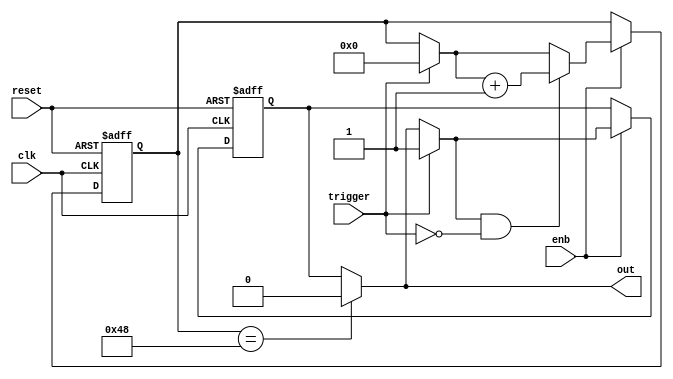
// -------------------------------------------------------------
// 
// 
// Generated by MATLAB 9.13 and HDL Coder 4.0
// 
// -------------------------------------------------------------


// -------------------------------------------------------------
// 
// Module: whdlOFDMTx_MATLAB_Function_block
// Source Path: whdlOFDMTx/Frame Generator/Header/Interleaver/Read Logic/MATLAB Function
// Hierarchy Level: 7
// 
// -------------------------------------------------------------

`timescale 1 ns / 1 ns

module whdlOFDMTx_MATLAB_Function_block
          (clk,
           reset,
           enb,
           trigger,
           out);


  input   clk;
  input   reset;
  input   enb;
  input   trigger;
  output  out;


  reg  out_1;
  reg [6:0] count;  // ufix7
  reg  state;
  reg [6:0] count_next;  // ufix7
  reg  state_next;
  reg [6:0] count_temp;  // ufix7
  reg  state_temp;


  always @(posedge clk or posedge reset)
    begin : MATLAB_Function_process
      if (reset == 1'b1) begin
        count <= 7'b0000000;
        state <= 1'b0;
      end
      else begin
        if (enb) begin
          count <= count_next;
          state <= state_next;
        end
      end
    end

  always @(count, state, trigger) begin
    count_temp = count;
    state_temp = state;
    // %% Executes in next clock cycle
    if (count == 7'b1001000) begin
      state_temp = 1'b0;
    end
    out_1 = state_temp;
    // %% Executes in current clock cycle
    if (trigger) begin
      state_temp = 1'b1;
      count_temp = 7'b0000000;
    end
    if (state_temp && ( ! trigger)) begin
      count_temp = count_temp + 7'b0000001;
    end
    count_next = count_temp;
    state_next = state_temp;
  end



  assign out = out_1;

endmodule  // whdlOFDMTx_MATLAB_Function_block